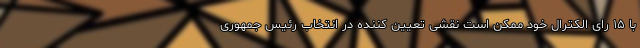
با ۱۵ رای الکترال خود ممکن است نقشی تعیین کننده در انتخاب رئیس جمهوری